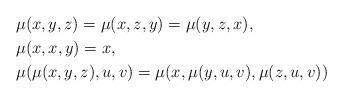
LaTeX: \begin{align*} &\mu(x, y, z) = \mu(x, z, y) = \mu(y, z, x), \\ &\mu(x, x, y) = x, \\ &\mu(\mu(x,y,z), u, v) = \mu(x, \mu(y, u, v), \mu(z, u, v)) \end{align*}